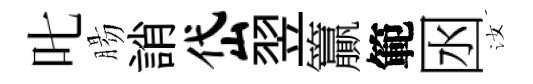
叱腸誚岱翌籯範囦汝